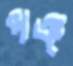
পঞ্